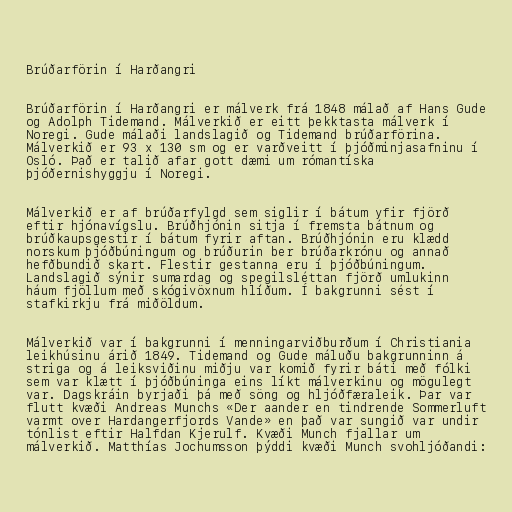
Brúðarförin í Harðangri

Brúðarförin í Harðangri er málverk frá 1848 málað af Hans Gude
og Adolph Tidemand. Málverkið er eitt þekktasta málverk í
Noregi. Gude málaði landslagið og Tidemand brúðarförina.
Málverkið er 93 x 130 sm og er varðveitt í þjóðminjasafninu í
Osló. Það er talið afar gott dæmi um rómantíska
þjóðernishyggju í Noregi.

Málverkið er af brúðarfylgd sem siglir í bátum yfir fjörð
eftir hjónavígslu. Brúðhjónin sitja í fremsta bátnum og
brúðkaupsgestir í bátum fyrir aftan. Brúðhjónin eru klædd
norskum þjóðbúningum og brúðurin ber brúðarkrónu og annað
hefðbundið skart. Flestir gestanna eru í þjóðbúningum.
Landslagið sýnir sumardag og spegilsléttan fjörð umlukinn
háum fjöllum með skógivöxnum hlíðum. Í bakgrunni sést í
stafkirkju frá miðöldum.

Málverkið var í bakgrunni í menningarviðburðum í Christiania
leikhúsinu árið 1849. Tidemand og Gude máluðu bakgrunninn á
striga og á leiksviðinu miðju var komið fyrir báti með fólki
sem var klætt í þjóðbúninga eins líkt málverkinu og mögulegt
var. Dagskráin byrjaði þá með söng og hljóðfæraleik. Þar var
flutt kvæði Andreas Munchs «Der aander en tindrende Sommerluft
varmt over Hardangerfjords Vande» en það var sungið var undir
tónlist eftir Halfdan Kjerulf. Kvæði Munch fjallar um
málverkið. Matthías Jochumsson þýddi kvæði Munch svohljóðandi: